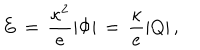
LaTeX: E \, = \, { \frac { \kappa ^ { 2 } } { e } } | \Phi | \, = \, { \frac { \kappa } { e } } | Q | \, ,